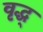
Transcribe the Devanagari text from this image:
वृद्ध्